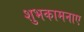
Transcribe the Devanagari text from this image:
शुभकामनाए